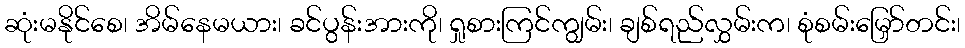
ဆုံးမနိုင်စေ၊ အိမ်နေမယား၊ ခင်ပွန်းအားကို၊ ရှုစားကြင်ကျွမ်း၊ ချစ်ရည်လွှမ်းက၊ စုံစမ်းမြှော်တင်း၊